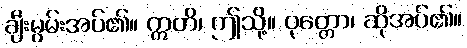
ချီးမွမ်းအပ်၏။ ဣတိ၊ ဤသို့။ ဝုတ္တော၊ ဆိုအပ်၏။